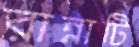
রান্নাটি